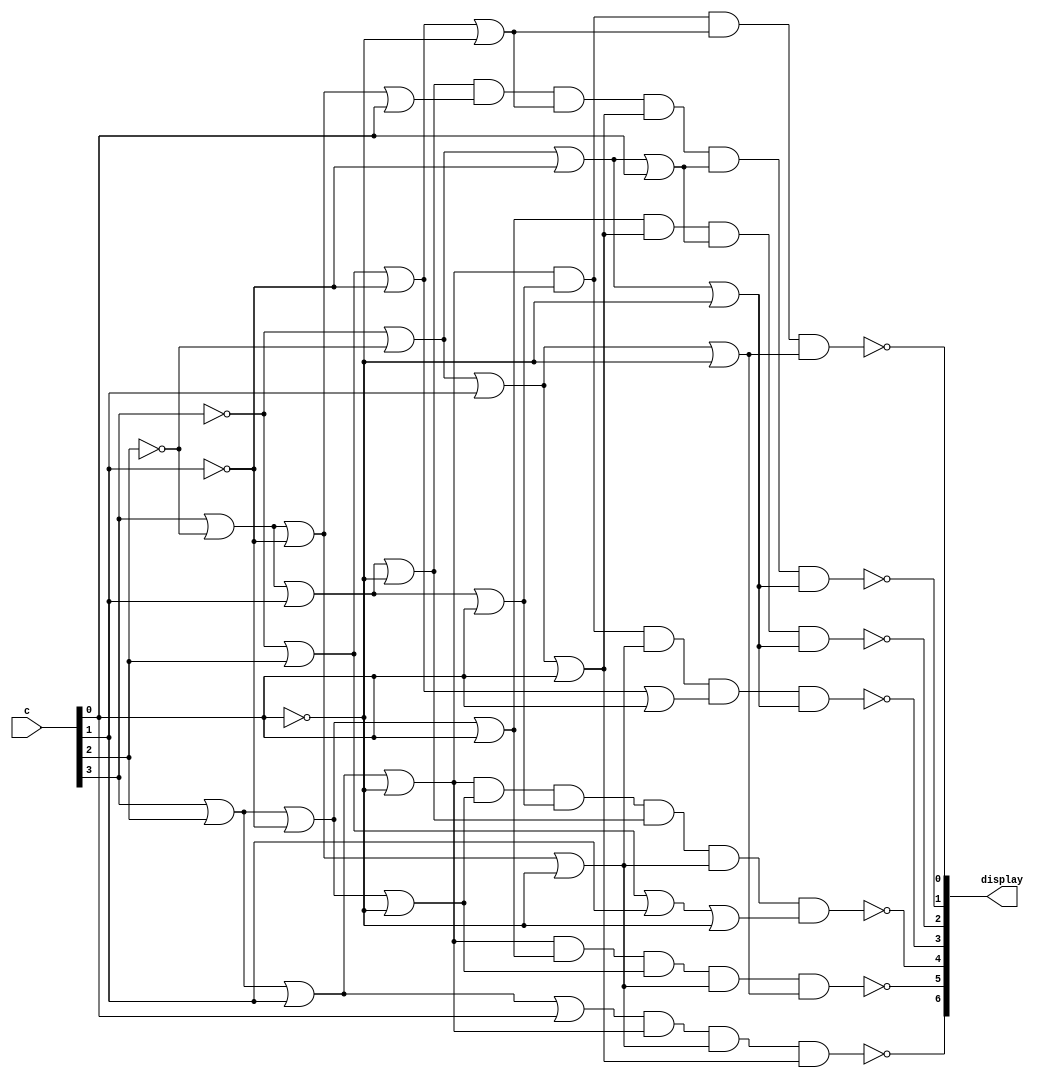
module hex_decoder(c, display);
	input [3:0] c;
	output [6:0] display;

	// NOTE: complement entire expression because low lights up the LED
	assign display[0] = ~((c[3] | c[2] | c[1] | ~c[0]) & (c[3] | ~c[2] | c[1] | c[0]) & (~c[3] | c[2] | ~c[1] | ~c[0]) & (~c[3] | ~c[2] | c[1] | ~c[0]));
	assign display[1] = ~((c[3] | ~c[2] | c[1] | ~c[0]) & (c[3] | ~c[2] | ~c[1] | c[0]) & (~c[3] | c[2] | ~c[1] | ~c[0]) & (~c[3] | ~c[2] | c[1] | c[0]) & (~c[3] | ~c[2] | ~c[1] | c[0]) & (~c[3] | ~c[2] | ~c[1] | ~c[0]));
	assign display[2] = ~((c[3] | c[2] | ~c[1] | c[0]) & (~c[3] | ~c[2] | c[1] | c[0]) & (~c[3] | ~c[2] | ~c[1] | c[0]) & (~c[3] | ~c[2] | ~c[1] | ~c[0]));
	assign display[3] = ~((c[3] | c[2] | c[1] | ~c[0]) & (c[3] | ~c[2] | c[1] | c[0]) & (c[3] | ~c[2] | ~c[1] | ~c[0]) & (~c[3] | c[2] | ~c[1] | c[0]) & (~c[3] | ~c[2] | ~c[1] | ~c[0]));
	assign display[4] = ~((c[3] | c[2] | c[1] | ~c[0]) & (c[3] | c[2] | ~c[1] | ~c[0]) & (c[3] | ~c[2] | c[1] | c[0]) & (c[3] | ~c[2] | c[1] | ~c[0]) & (c[3] | ~c[2] | ~c[1] | ~c[0]) & (~c[3] | c[2] | c[1] | ~c[0]));
	assign display[5] = ~((c[3] | c[2] | c[1] | ~c[0]) & (c[3] | c[2] | ~c[1] | c[0]) & (c[3] | c[2] | ~c[1] | ~c[0]) & (c[3] | ~c[2] | ~c[1] | ~c[0]) & (~c[3] | ~c[2] | c[1] | ~c[0]));
	assign display[6] = ~((c[3] | c[2] | c[1] | c[0]) & (c[3] | c[2] | c[1] | ~c[0]) & (c[3] | ~c[2] | ~c[1] | ~c[0]) & (~c[3] | ~c[2] | c[1] | c[0]));
endmodule